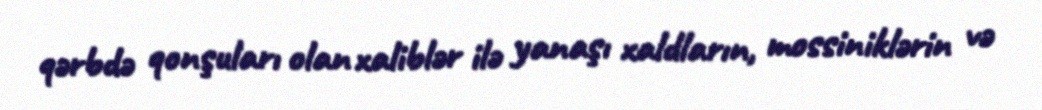
qərbdə qonşuları olan xaliblər ilə yanaşı xaldların, mossiniklərin və